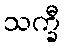
သက္ခီ